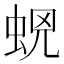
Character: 𧊫